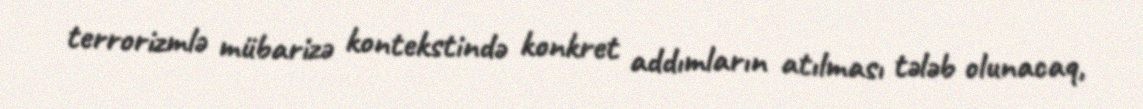
terrorizmlə mübarizə kontekstində konkret addımların atılması tələb olunacaq,